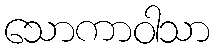
သောကာဝါသာ